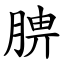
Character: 腗